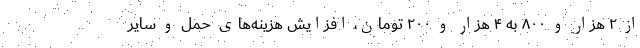
از ۲ هزار و ۸۰۰ به ۴ هزار و ۲۰۰ تومان، افزایش هزینه‌های حمل و سایر